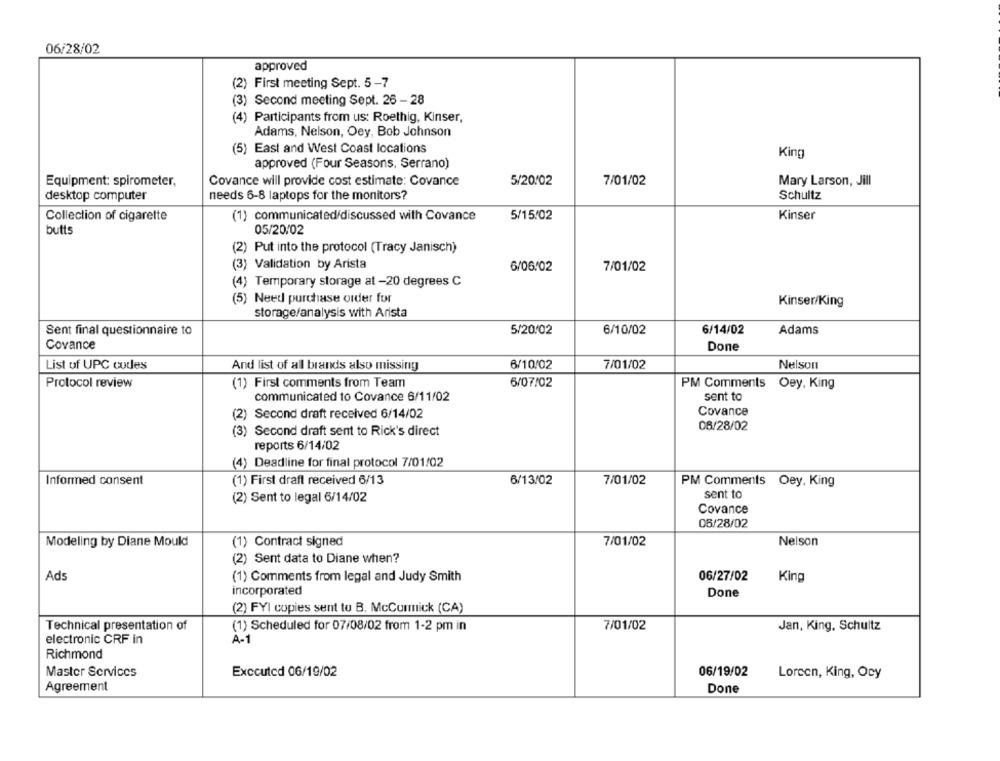
06/28/02
approved
(2) First meeting Sept. 5-7
(3) Second meeting Sept. 26 - 28
(4) Participants from us: Roethig, Kinser,
Adams, Nelson, Oey, Bob Johnson
(5) East and West Coast locations
King
approved (Four Seasons, Serrano)
Equipment: spirometer,
Covance will provide cost estimate: Covance
5/20/02
7/01/02
Mary Larson, Jill
desktop computer
needs 6-8 laptops for the monitors?
Schultz
Collection of cigarette
(1) communicated/discussed with Covance
5/15/02
Kinser
outts
05/20/02
(2) Put into the protocol (Tracy Janisch)
(3) Validation by Arista
6/06/02
7/01/02
(4) Temporary storage at -20 degrees C
(5) Need purchase order for
Kinser/King
storage/analysis with Arista
Sent final questionnaire to
5/20/02
6/10/02
6/14/02
Adams
Covance
Done
List of UPC codes
And list of all brands also missing
6/10/02
7/01/02
Nelson
Protocol review
(1) First comments from Team
6/07/02
PM Comments Oey, King
communicated to Covance 6/11/02
sent to
Covance
(2)
Second draft received 6/14/02
06/28/02
(3) Second draft sent to Rick's direct
reports 6/14/02
(4) Deadline for final protocol 7/01/02
Informed consent
(1) First draft received 6/13
6/13/02
7/01/02
PM Comments Oey, King
sent to
(2) Sent to legal 6/14/02
Covance
06/28/02
Modeling by Diane Mould
(1) Contract signed
7/01/02
Nelson
(2) Sent data to Diane when?
Ads
(1) Comments from legal and Judy Smith
06/27/02
King
incorporated
Done
(2) FYI copies sent to B. McCormick (CA)
Technical presentation of
(1) Scheduled for 07/08/02 from 1-2 pm in
7/01/02
Jan, King, Schultz
electronic CRF in
A-1
Richmond
Master Services
Executed 06/19/02
06/19/02
Loreen, King, Ocy
Agreement
Done